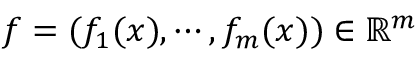
f = ( f _ { 1 } ( x ) , \cdots , f _ { m } ( x ) ) \in \mathbb { R } ^ { m }